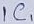
Text: IC1